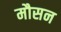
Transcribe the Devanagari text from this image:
मौसन